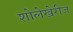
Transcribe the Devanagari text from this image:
शोलेखेरीज